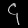
Digit: ၄